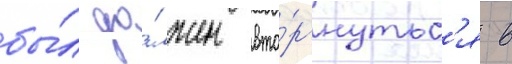
бы́л до́лжен вто́ргнутьс'я в